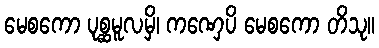
မေစကော ပုစ္ဆမူလမှိ၊ ကဏှေပိ မေစကော တိသု။